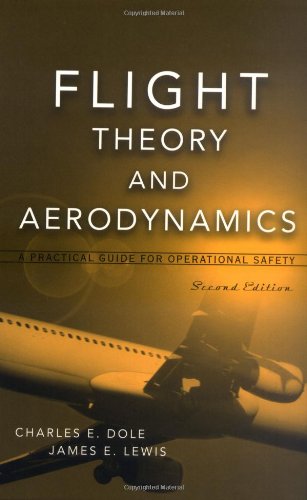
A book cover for Flight Theory and Aerodynamics: A Practical Guide for Operational Safety, 2nd Edition; Charles E. Dole; Engineering & Transportation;